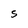
Character: S